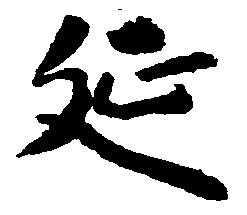
延